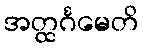
အတ္ထင်္ဂမေတိ